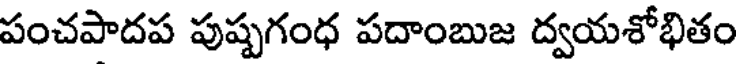
పంచపాదప పుష్పగంధ పదాంబుజ ద్వయశోభితం